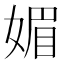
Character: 媚